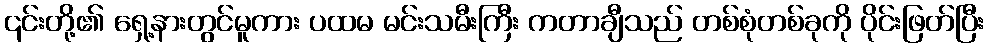
၎င်းတို့၏ ရှေ့နားတွင်မူကား ပထမ မင်းသမီးကြီး ကတာချီသည် တစ်စုံတစ်ခုကို ပိုင်းဖြတ်ပြီး